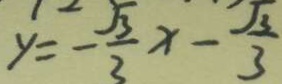
y = - \frac { \sqrt { 3 } } { 3 } x - \frac { \sqrt { 3 } } { 3 }